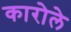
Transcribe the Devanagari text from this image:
कारोले